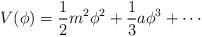
LaTeX: \begin{align*}V(\phi) = \frac{1}{2} m^2 \phi^2 + \frac{1}{3} a \phi^3 + \cdots\end{align*}